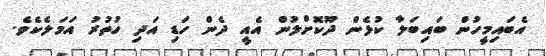
އެބައިމީހުން ބައިބަލާ ކުޅެން ދޫކޮށްލުން އެއީ ދެން ހަޑި އަދި ހުތުރު އަމަލެކެވެ.